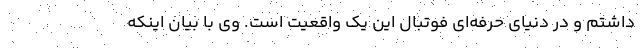
داشتم و در دنیای حرفه‌ای فوتبال این یک واقعیت است. وی با بیان اینکه